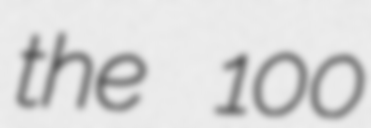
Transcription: the 100